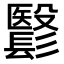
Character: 𩮵